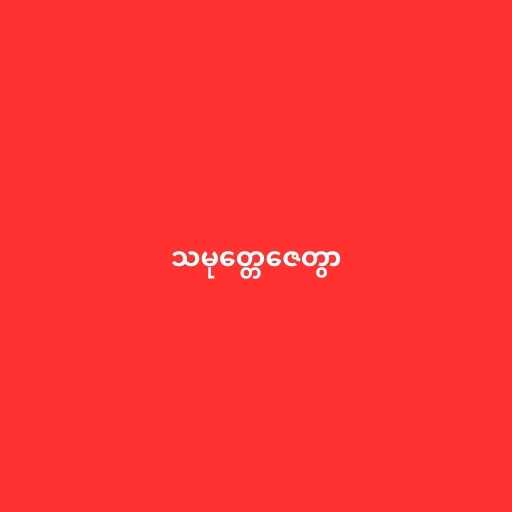
သမုတ္တေဇေတွာ